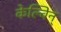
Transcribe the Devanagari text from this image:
केल्विन्